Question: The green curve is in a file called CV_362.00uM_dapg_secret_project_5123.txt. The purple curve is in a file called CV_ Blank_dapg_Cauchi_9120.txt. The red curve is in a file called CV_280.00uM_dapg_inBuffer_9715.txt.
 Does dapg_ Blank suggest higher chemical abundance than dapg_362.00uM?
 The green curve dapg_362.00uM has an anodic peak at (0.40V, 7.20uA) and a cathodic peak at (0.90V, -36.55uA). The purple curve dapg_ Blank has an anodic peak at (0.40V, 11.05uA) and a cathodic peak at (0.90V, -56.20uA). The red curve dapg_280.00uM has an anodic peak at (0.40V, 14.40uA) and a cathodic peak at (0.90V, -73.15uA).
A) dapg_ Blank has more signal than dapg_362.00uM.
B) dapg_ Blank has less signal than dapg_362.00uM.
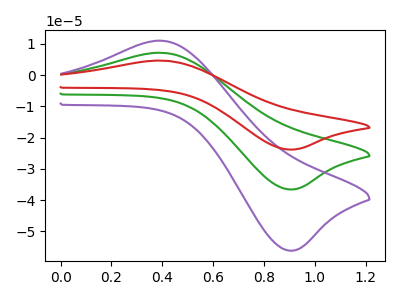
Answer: <think>All the peaks in "dapg_ Blank" have a peak in "dapg_362.00uM" at the same potential. Every peak in "dapg_ Blank" is higher than every peak in "dapg_362.00uM".
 </think>
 <answer>A) "dapg_ Blank" has more signal than "dapg_362.00uM".</answer>
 <eval>A</eval>